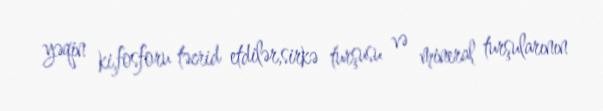
yəqin ki,fosforu təcrid etdilər,sirkə turşusu və mineral turşularının